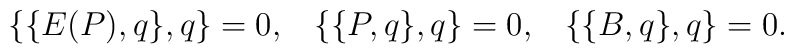
\{\{E(P),q\},q\}=0,\;\;\;\{\{P,q\},q\}=0,\;\;\;\{\{B,q\},q\}=0.